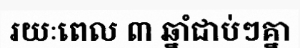
រយៈពេល ៣ ឆ្នាំជាប់ៗគ្នា